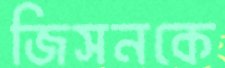
জিসনকে